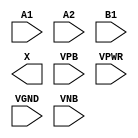
module sky130_fd_sc_lp__o21a (
    //# {{data|Data Signals}}
    input  A1  ,
    input  A2  ,
    input  B1  ,
    output X   ,

    //# {{power|Power}}
    input  VPB ,
    input  VPWR,
    input  VGND,
    input  VNB
);
endmodule